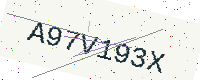
Text: A97V193X